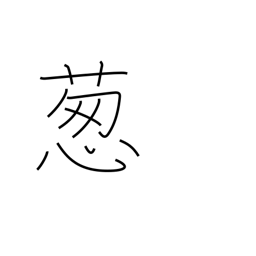
Meaning: Welsh onion